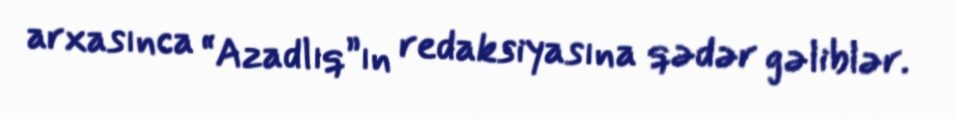
arxasınca “Azadlıq”ın redaksiyasına qədər gəliblər.